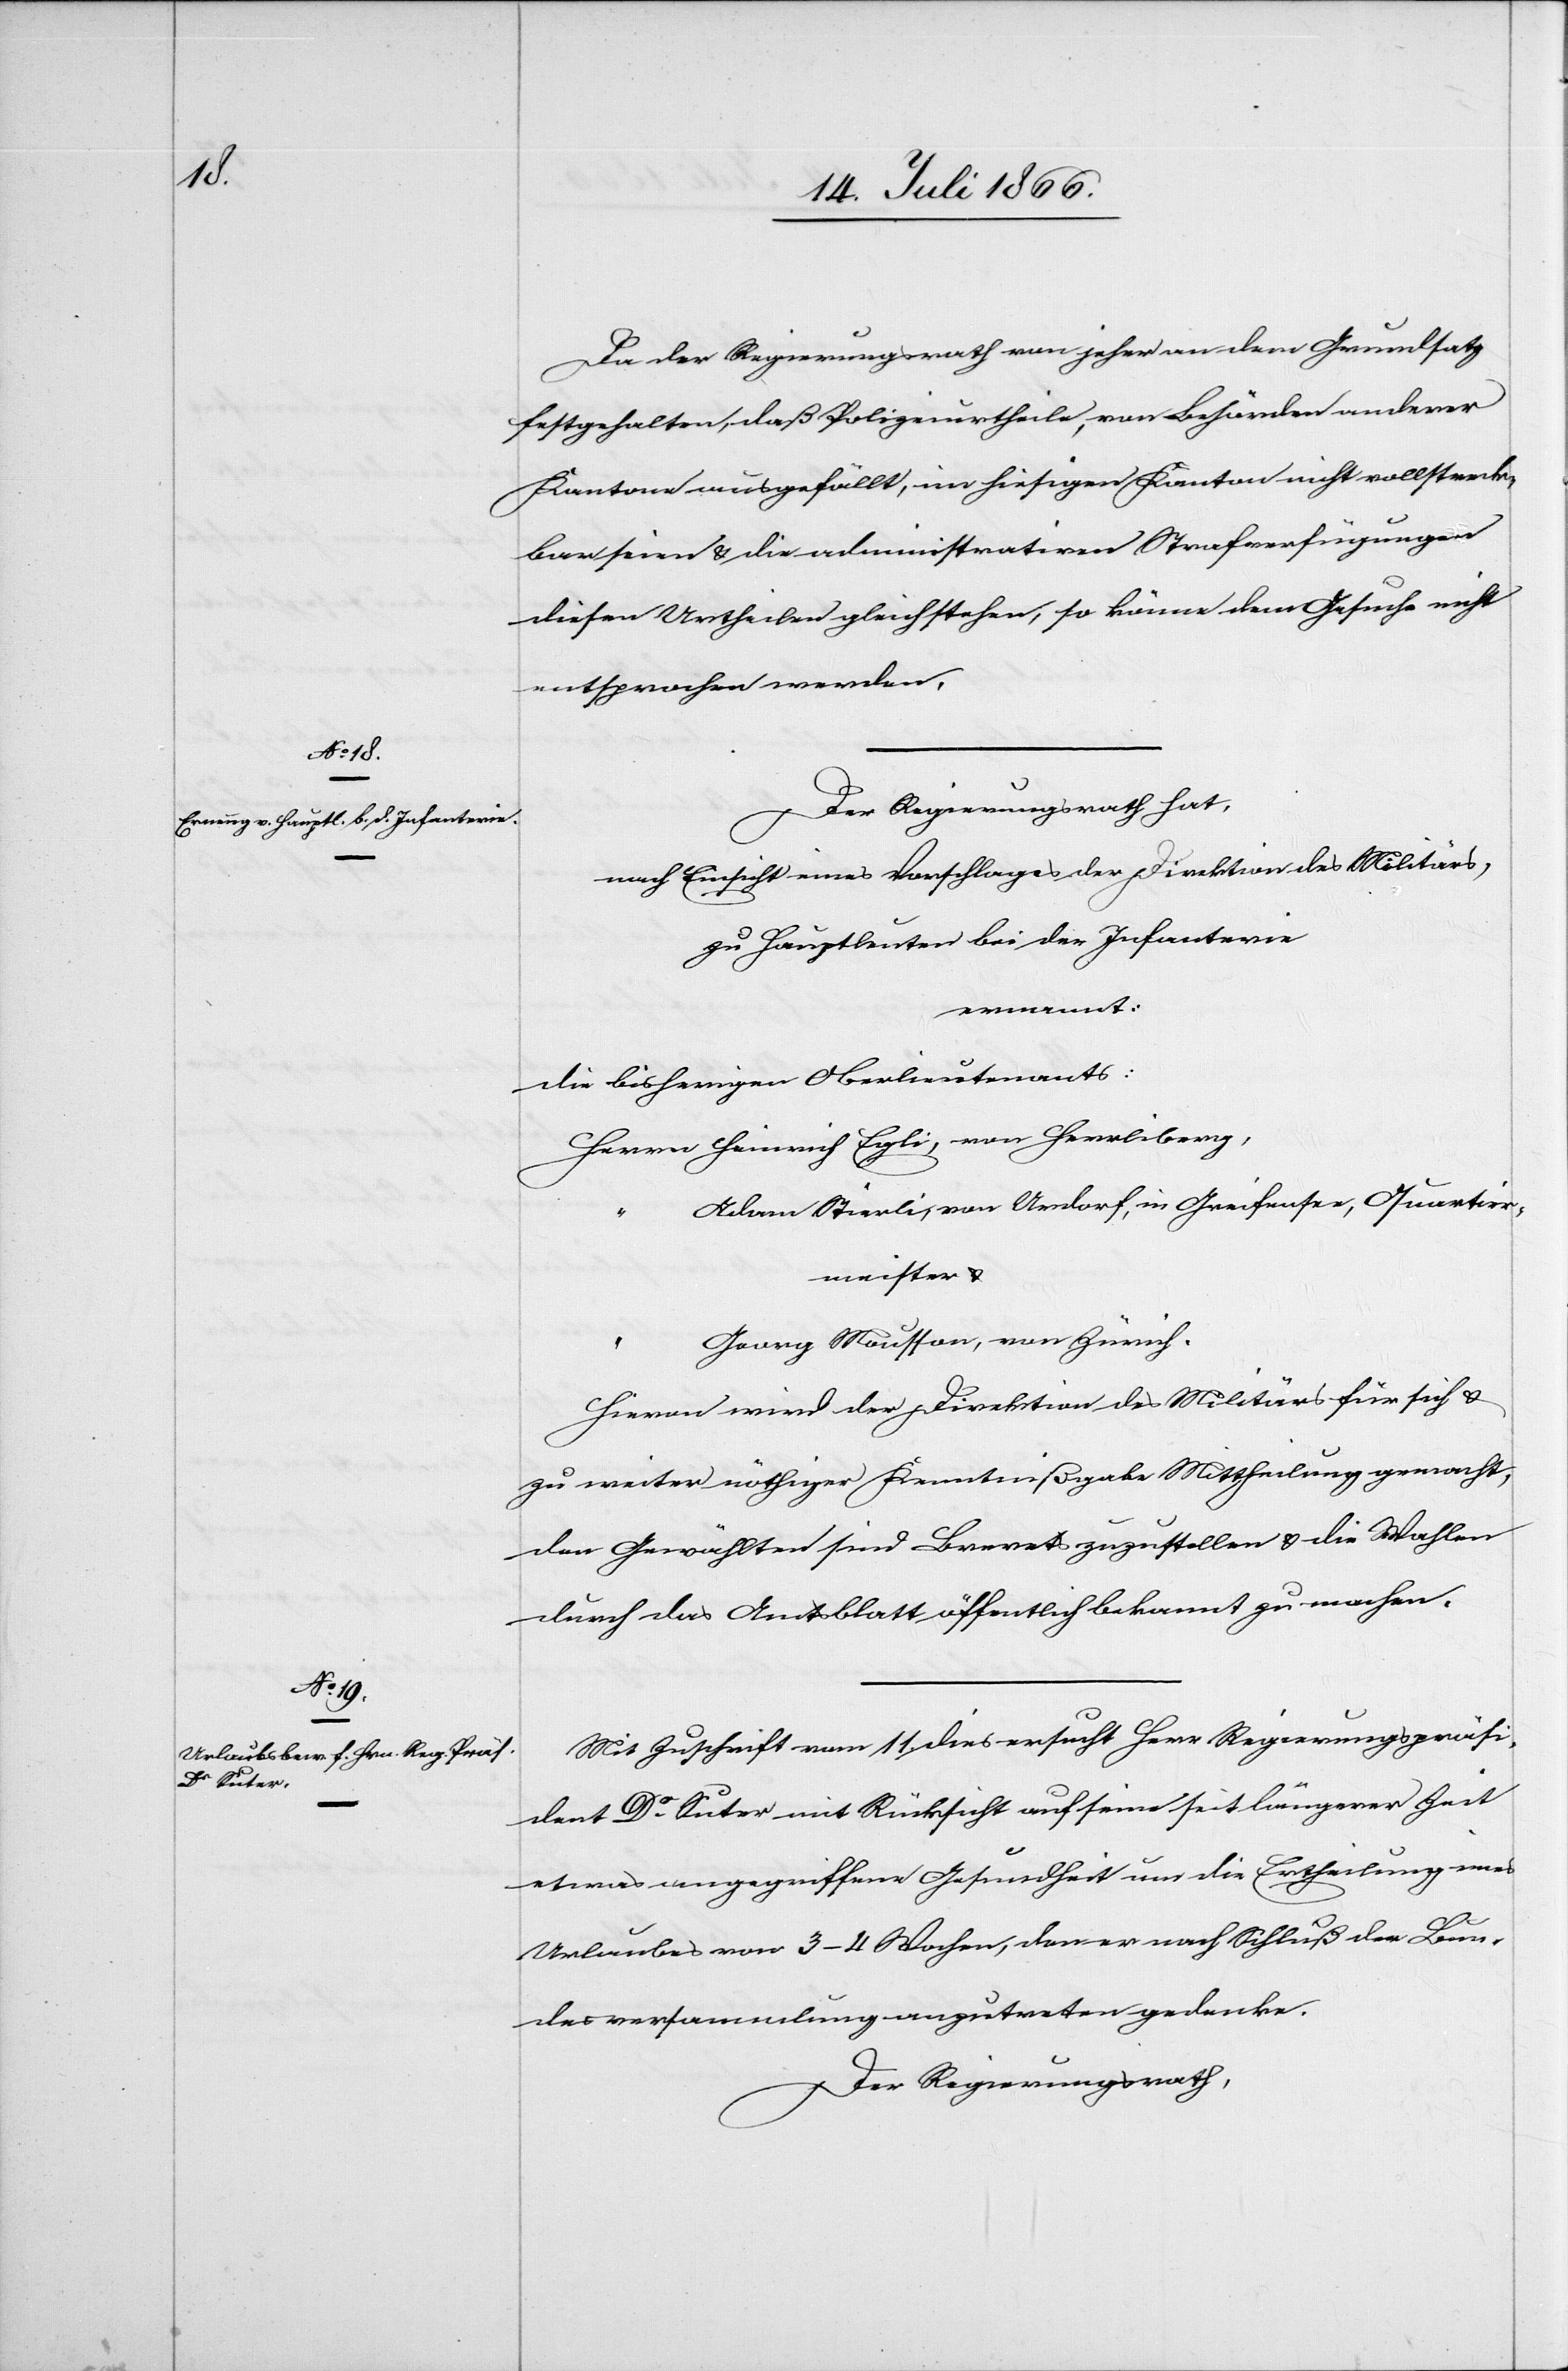
Da der Regierungsrath von jeher an dem Grundsatz
festgehalten, daß Polizeiurtheile, von Behörden anderer
Kantone ausgefällt, im hiesigen Kanton nicht vollstreck¬
bar seien u. die administrative Strafverfügung
diesen Urtheilen gleichsteht, so könne dem Gesuche nicht
entsprochen werden.
Der Regierungsrath hat,
nach Einsicht eines Vorschlages der Direktion des Militärs,
zu Hauptleuten bei der Infanterie
ernannt:
die bisherigen Oberlieutenants:
Heinrich Egli, von Herrliberg,
Adam Stierli, von Aendorf, in Greifensee, Quartier¬
meister u.
“
Georg Mousson, von Zürich.
Hievon wird der Direktion des Militärs für sich u.
zu weiter nöthiger Kenntnißgabe Mittheilung gemacht,
den Gewählten sind Brevets zuzustellen u. die Wahlen
durch das Amtsblatt öffentlich bekannt zu machen.
Mit Zuschrift vom 11. dies ersucht Herr Regierungspräsi¬
dent Dr. Suter mit Rücksicht auf seine seit längerer Zeit
etwas angegriffene Gesundheit um die Ertheilung eines
Urlaubes von 3–4 Wochen, den er nach Schluß der Bun¬
desversammlung anzutreten gedenke.
Der Regierungsrath,